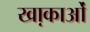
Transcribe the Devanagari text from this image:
खा़काओं